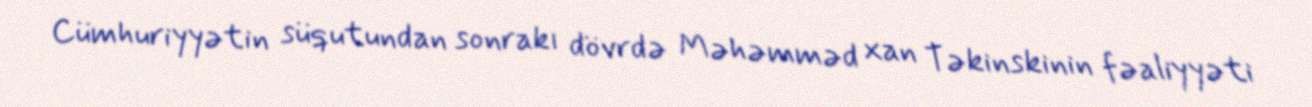
Cümhuriyyətin süqutundan sonrakı dövrdə Məhəmməd xan Təkinskinin fəaliyyəti